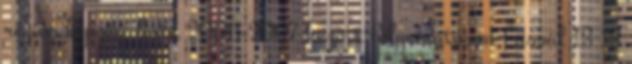
régiós képzési lista 2006-2007 között folyamatosan frissül 13 13